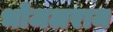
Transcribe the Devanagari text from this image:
भोजलराम